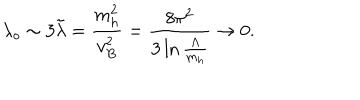
LaTeX: \lambda _ { o } \sim 3 \tilde { \lambda } = { \frac { m _ { h } ^ { 2 } } { v _ { B } ^ { 2 } } } = { \frac { 8 \pi ^ { 2 } } { 3 \ln { \frac { \Lambda } { m _ { h } } } } } \to 0 .